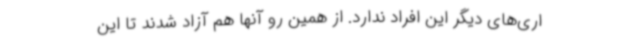
اری‌های دیگر این افراد ندارد. از همین رو آنها هم آزاد شدند تا این